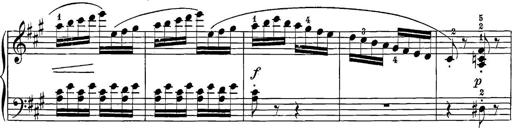
Title: 12 Sonatine per Pianoforte
Composer: Friedrich Kuhlau